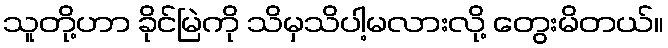
သူတို့ဟာ ခိုင်မြဲကို သိမှသိပါ့မလားလို့ တွေးမိတယ်။